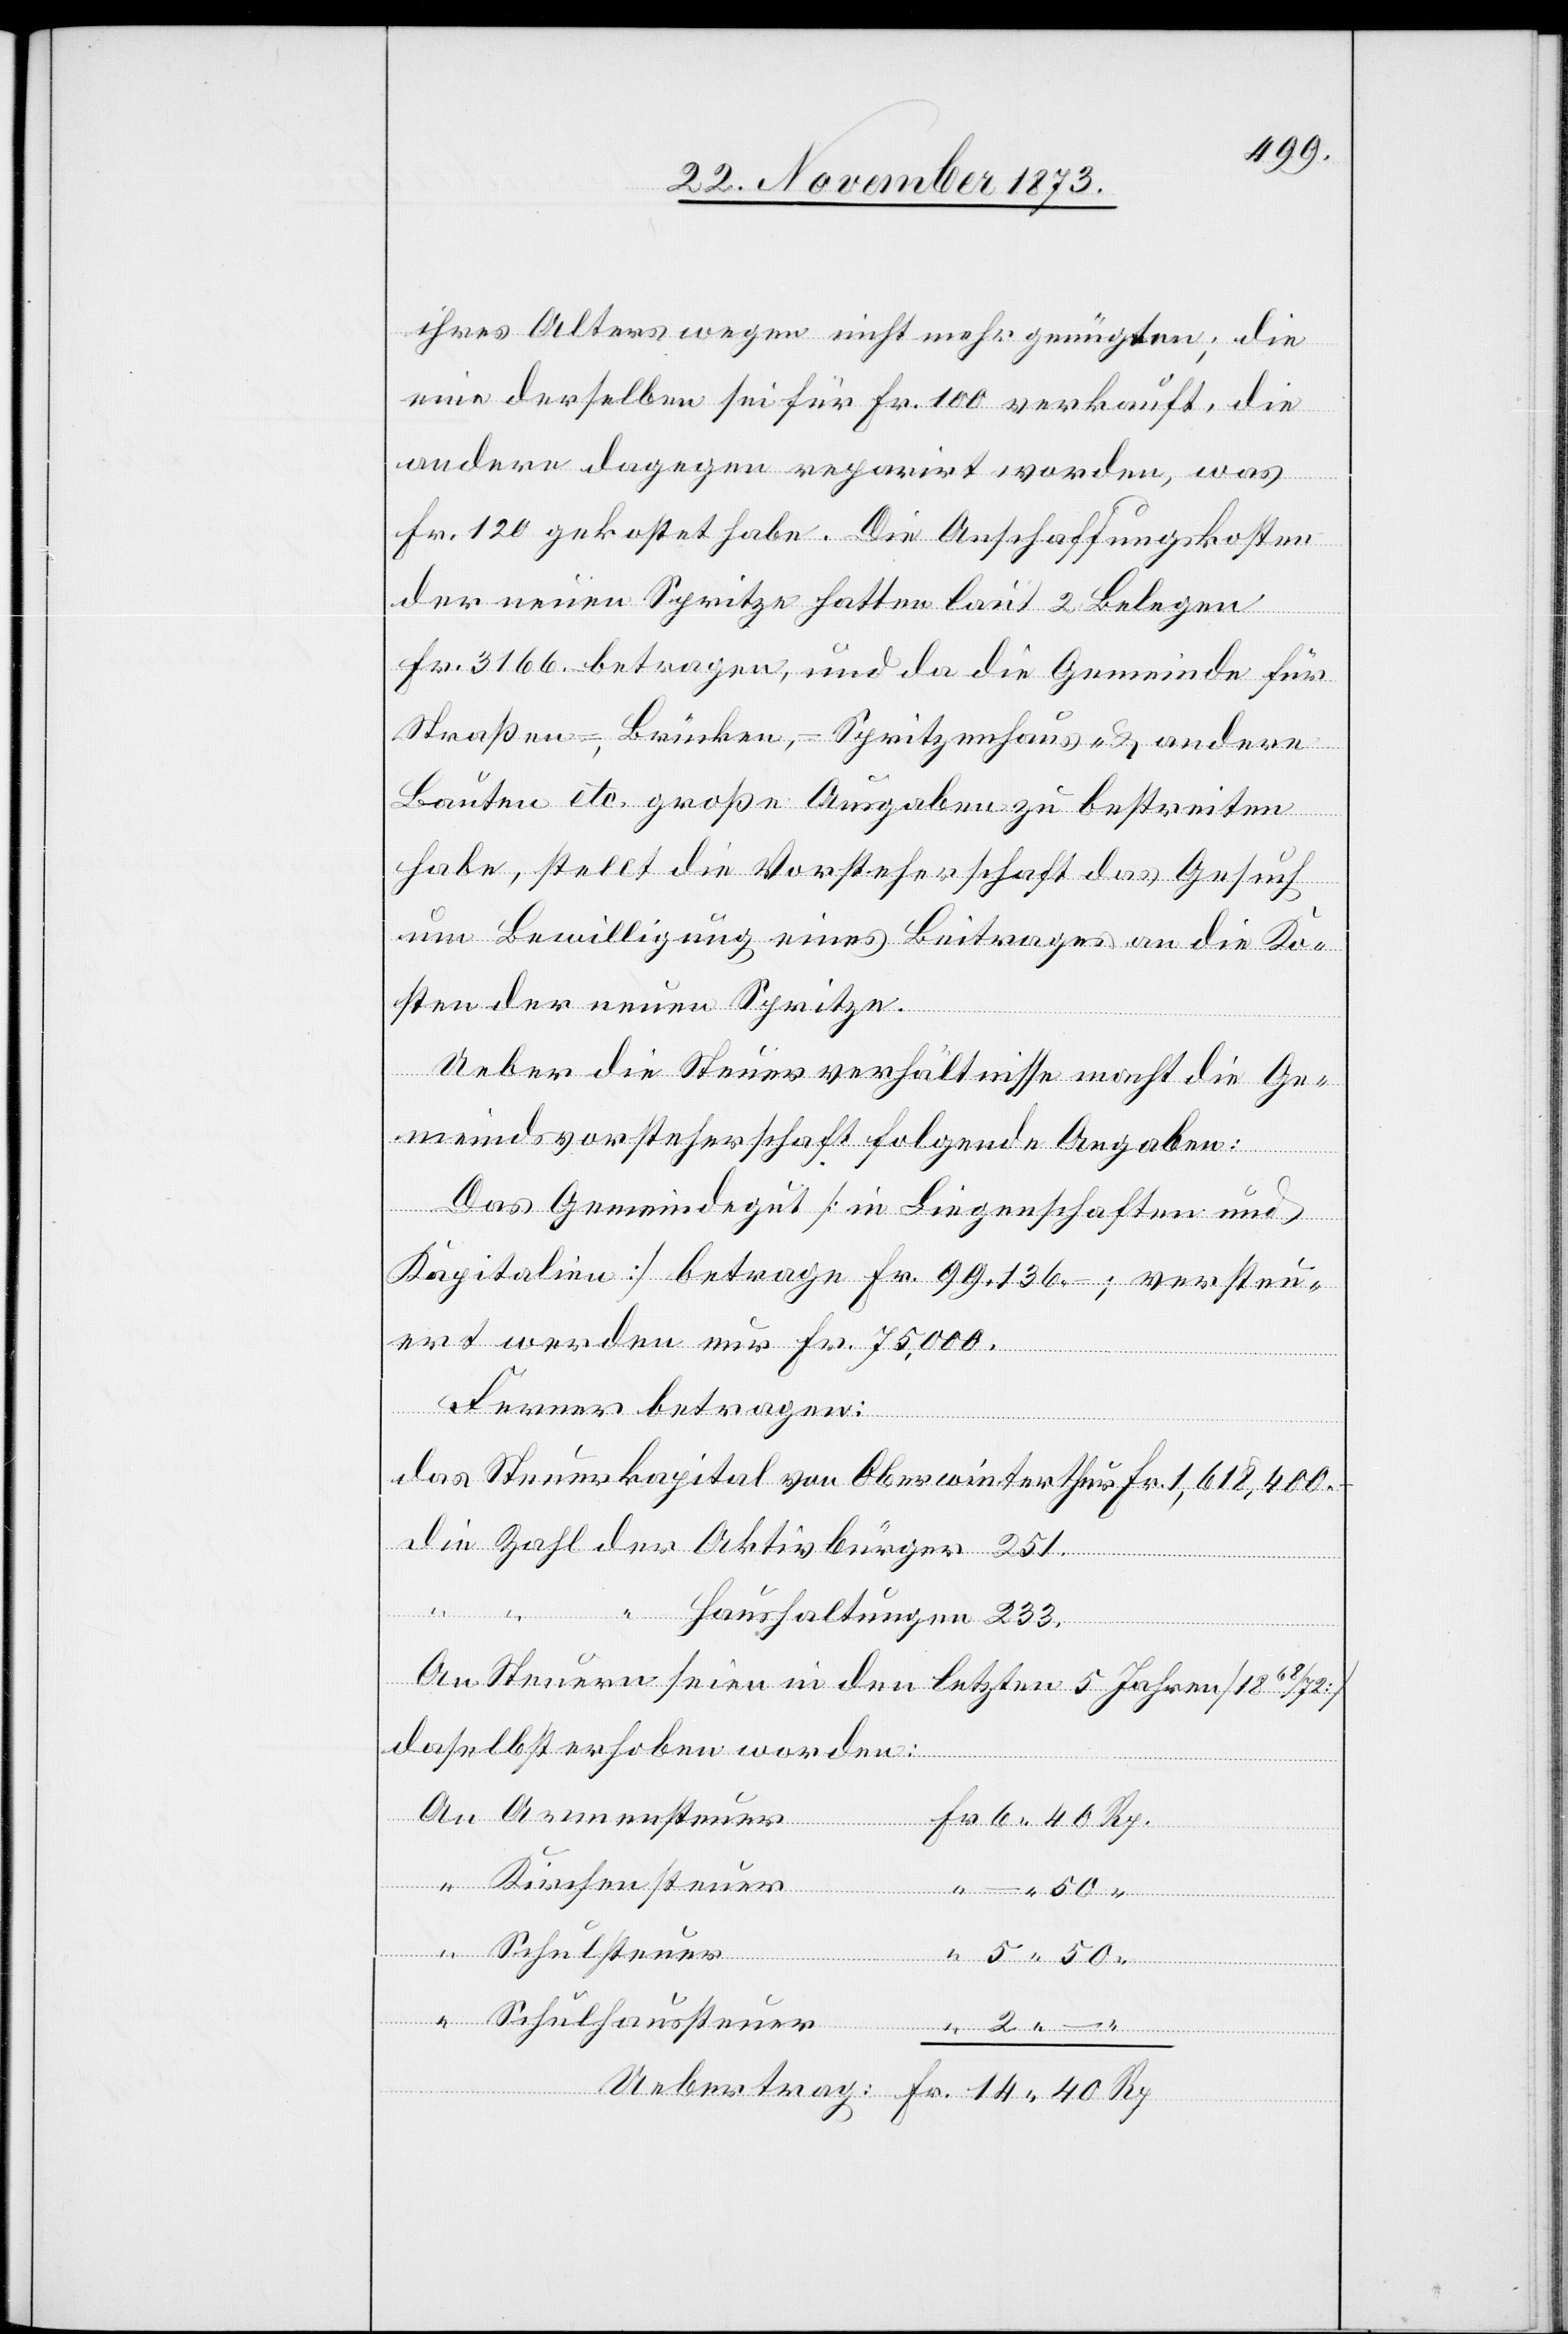
ihres Alters wegen nicht mehr genügten; die
eine derselben sei für Fr. 100 verkauft, die
andere dagegen reparirt worden, was
Fr. 120 gekostet habe. Die Anschaffungskosten
der neuen Spritze hatten laut 2 Belegen
Fr. 3 166 betragen, und da die Gemeinde für
Straßen-, Brücken-, Spritzenhaus- & andere
Bauten etc. große Ausgaben zu bestreiten
habe, stellt die Vorsteherschaft das Gesuch
um Bewilligung eines Beitrages an die Ko¬
sten der neuen Spritze.
Ueber die Steuerverhältnisse macht die Ge¬
meindsvorsteherschaft folgende Angaben:
Das Gemeindegut [in Liegenschaften und
Kapitalien] betrage Fr. 99,136 –; versteu¬
ert werden nur Fr. 75,000.
Ferner betragen:
das Steuerkapital von Oberwinterthur Fr. 1,618,400 –
die Zahl der Aktivbürger 251.
An
“
Armensteuer
“ Haushaltungen 233.
2.
An Steuern seien in den letzten 5 Jahren [1868/72]
daselbst erhoben worden:
Kirchensteuer
Schulsteuer
Schulhaussteuer
“
–